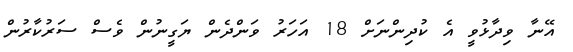
އޭނާ ވިދާޅުވީ އެ ކުދިންނަށް 18 އަހަރު ވަންދެން ޔަގީނުން ވެސް ސަރުކާރުން